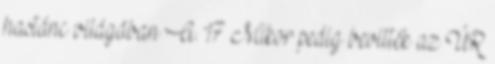
hastánc világában A. 17 Mikor pedig bevitték az ÚR